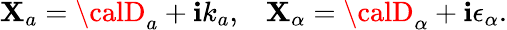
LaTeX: \mathbf{X}_{a}={\calD}_{a}+\mathbf{i}k_{a},\, \, \, \, \, \mathbf{X}_{\alpha}={\calD}_{\alpha}+\mathbf{i}\epsilon_{\alpha}.